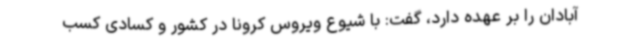
آبادان را بر عهده دارد، گفت: با شیوع ویروس کرونا در کشور و کسادی کسب